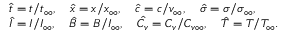
\begin{array} { r l } & { \hat { t } = t / t _ { \infty } , \quad \hat { x } = x / x _ { \infty } , \quad \hat { c } = c / v _ { \infty } , \quad \hat { \sigma } = \sigma / \sigma _ { \infty } , } \\ & { \hat { I } = I / I _ { \infty } , \quad \hat { B } = B / I _ { \infty } , \quad \hat { C _ { v } } = C _ { v } / C _ { v \infty } , \quad \hat { T } = T / T _ { \infty } . } \end{array}